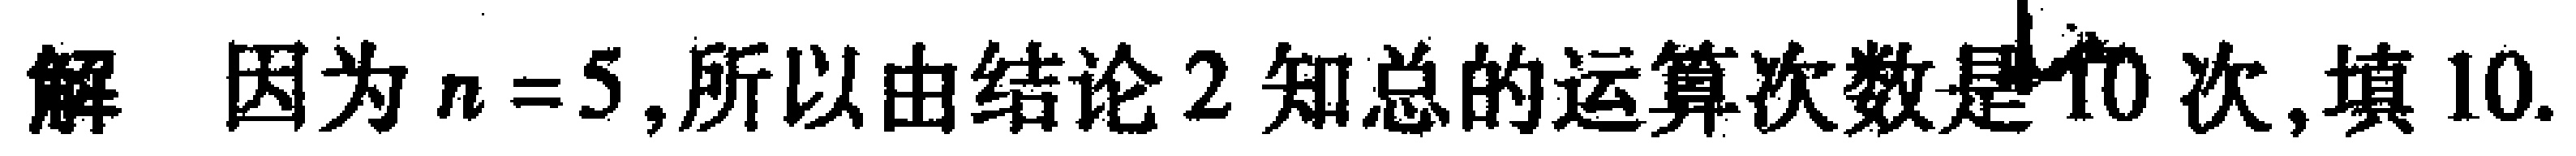
解 因为 \(n = 5\),所以由结论2知总的运算次数是10次,填10.